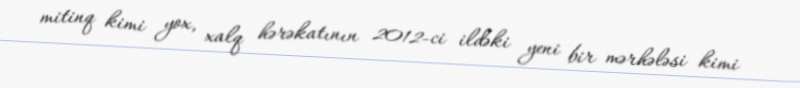
mitinq kimi yox, xalq hərəkatının 2012-ci ildəki yeni bir mərhələsi kimi